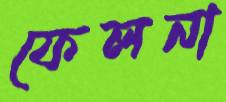
ফেলনা